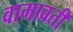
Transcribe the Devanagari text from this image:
वामावती